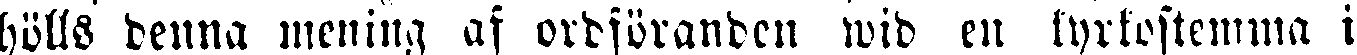
hölls denna mening af ordföranden wid en kyrkostemma i